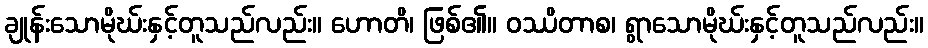
ချုန်းသောမိုဃ်းနှင့်တူသည်လည်း။ ဟောတိ၊ ဖြစ်၏။ ဝဿိတာစ၊ ရွာသောမိုဃ်းနှင့်တူသည်လည်း။